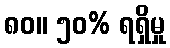
၈၀။ ၅၀% ရရှိမှု